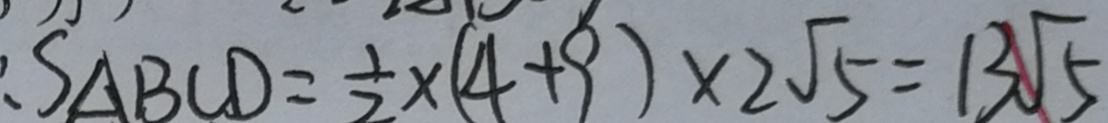
S _ { \Delta B C D } = \frac { 1 } { 2 } \times ( 4 + 9 ) \times 2 \sqrt { 5 } = 1 3 \sqrt { 5 }